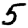
Digit: 5